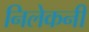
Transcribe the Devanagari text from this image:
निलेकनी